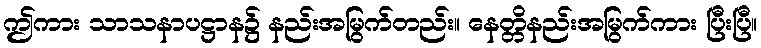
ဤကား သာသနာပဋ္ဌာန၌ နည်းအမြွက်တည်း။ နေတ္တိနည်းအမြွက်ကား ပြီးပြီ။